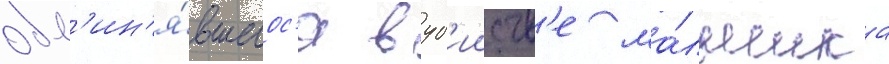
обв'ин'я́вшегос'я в уб'ииств'е ма́льчика